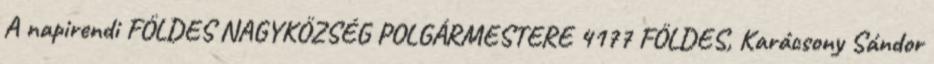
A napirendi FÖLDES NAGYKÖZSÉG POLGÁRMESTERE 4177 FÖLDES, Karácsony Sándor